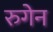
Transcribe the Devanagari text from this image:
रुगेन